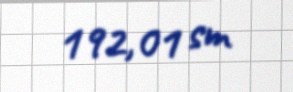
192,01 sm